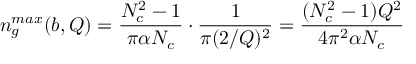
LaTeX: n _ { g } ^ { m a x } ( b , Q ) = { \frac { N _ { c } ^ { 2 } - 1 } { \pi \alpha N _ { c } } } \cdot { \frac { 1 } { \pi ( 2 / Q ) ^ { 2 } } } = { \frac { ( N _ { c } ^ { 2 } - 1 ) Q ^ { 2 } } { 4 \pi ^ { 2 } \alpha N _ { c } } }